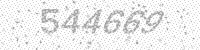
Solution: 544669